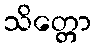
သိတ္တော